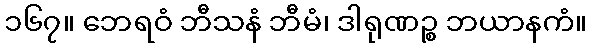
၁၆၇။ ဘေရဝံ ဘီသနံ ဘီမံ၊ ဒါရုဏဉ္စ ဘယာနကံ။